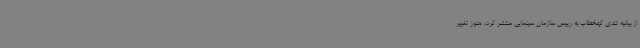
از بیانیه تندی کهخطاب به رییس سازمان سینمایی منتشر کرد، هنوز تغییر